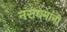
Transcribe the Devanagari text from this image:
नराधमांनी